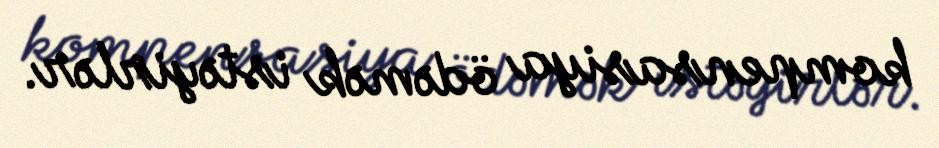
kompensasiya ödəmək istəyirlər.